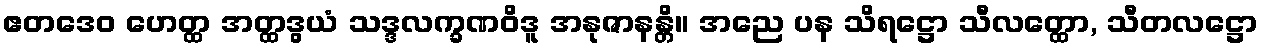
ဧတဒေဝ ဟေတ္ထ အတ္ထဒွယံ သဒ္ဒလက္ခဏဝိဒူ အနုဇာနန္တိ။ အညေ ပန သိရဋ္ဌော သီလတ္ထော, သီတလဋ္ဌော